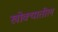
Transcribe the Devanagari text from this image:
खोक्यातील